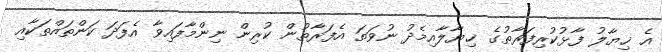
އެ ޚިޔާލު ފާޅުކުރިފަރާތުގެ ޚިޔާލާއިމެދު ނުވަތަ އެފަރާތުން ކުރިން ނިންމާފައިވާ އެފަދަ ކަންތައްތަކާއި